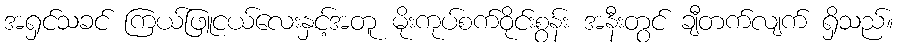
အရှင်သခင် ကြယ်ဖြူငယ်လေးနှင့်အတူ မိုးကုပ်စက်ဝိုင်းစွန်း အနီးတွင် ချီတက်လျက် ရှိသည်။